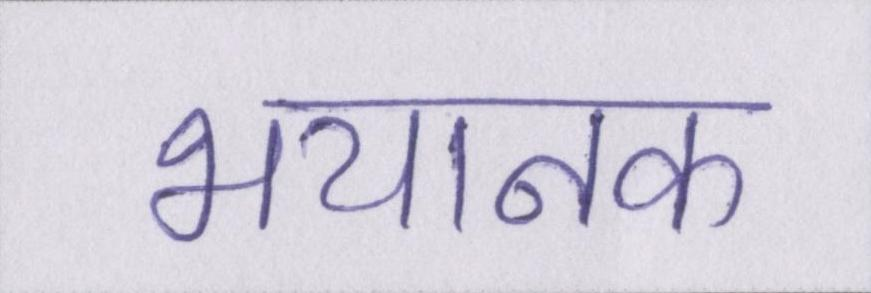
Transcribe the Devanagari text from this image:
भयानक